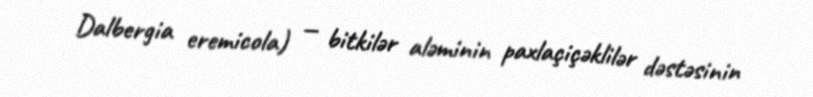
Dalbergia eremicola) — bitkilər aləminin paxlaçiçəklilər dəstəsinin